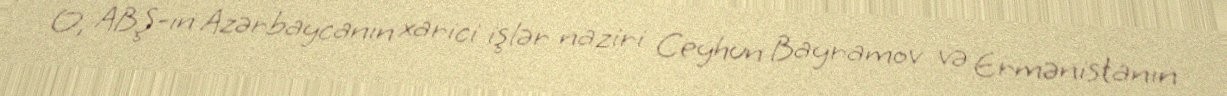
O, ABŞ-ın Azərbaycanın xarici işlər naziri Ceyhun Bayramov və Ermənistanın